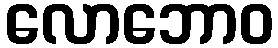
လောဘောဝ